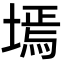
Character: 墕